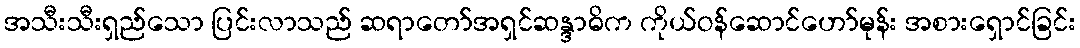
အသီးသီးရှည်သော ပြင်းလာသည် ဆရာတော်အရှင်ဆန္ဒာဓိက ကိုယ်ဝန်ဆောင်ဟော်မုန်း အစားရှောင်ခြင်း